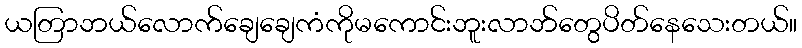
ယတြာဘယ်လောက်ချေချေကံကိုမကောင်းဘူးလာဘ်တွေပိတ်နေသေးတယ်။